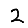
Digit: 2